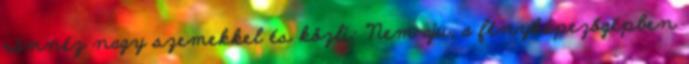
rámnéz nagy szemekkel és közli: "Nem aju, a fényképezőgépben